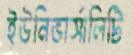
ইউনিভার্সালিটি